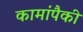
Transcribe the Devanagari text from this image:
कामांपैकी